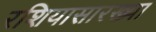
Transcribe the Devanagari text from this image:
रशियासारख्या